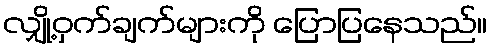
လျှို့ဝှက်ချက်များကို ပြောပြနေသည်။